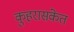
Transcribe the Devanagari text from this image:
कुहरासंकेत